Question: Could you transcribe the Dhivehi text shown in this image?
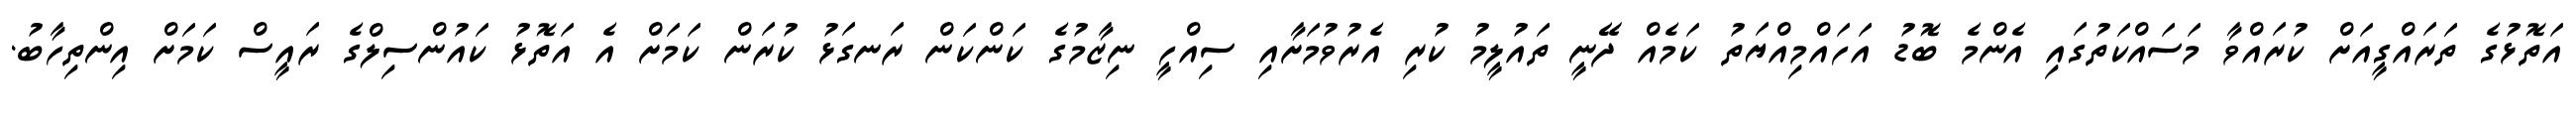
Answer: އަތޮޅުގެ ތަރައްގީއަށް ކުރައްވާ މަސައްކަތުގައި އެންމެ ބޮޑު އަހައްމިއްޔަތު ކަމެއް ދޭނީ ތައުލީމު ކުރި އެރުވުމަށާއި ސިއްހީ ނިޒާމުގެ ކަންކަން ރަނގަޅު ކުރަން ކަމަށް އެ އަތޮޅު ކައުންސިލްގެ ރައީސް ކަމަށް އިންތިހާބު.